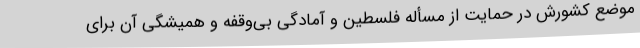
موضع کشورش در حمایت از مسأله فلسطین و آمادگی بی‌وقفه و همیشگی آن برای